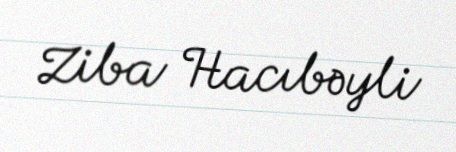
Ziba Hacıbəyli